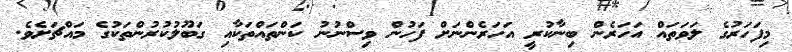
މިފަހަރުގެ ލަވަތައް އަހަރެން ބިނާކުރީ އަހަރެންނަށް ފަހުން ވިސްނުނު ކަންތައްތަކާއި ގަބޫލުކުރުންތަކުގެ މައްޗަށެވެ.